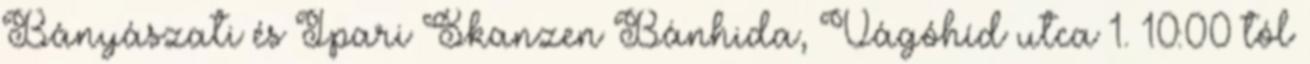
Bányászati és Ipari Skanzen Bánhida, Vágóhíd utca 1. 10:00–tól